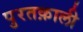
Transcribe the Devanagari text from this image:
पुरतक़ाली